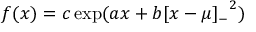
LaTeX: f ( x ) = c \exp ( a x + b { [ x - \mu ] _ { - } } ^ { 2 } )